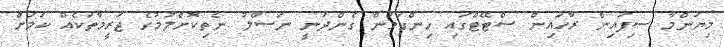
މިޔަންމާ ސިފައިން ރާހައިން ސްޓޭޓްގައި ހިންގަމުން ގެންދަނީ ނަސްލު ނެތިކޮށްލުމުގެ ޖަރީމާތަކެއް ކަމަށް